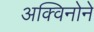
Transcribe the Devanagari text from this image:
अक्विनोने